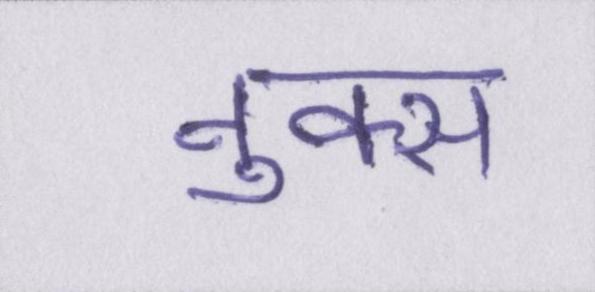
नुक्स